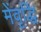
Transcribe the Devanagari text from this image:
मेंवृद्धि